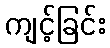
ကျင့်ခြင်း